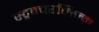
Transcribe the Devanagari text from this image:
स्ट्रक्चरलिज्म